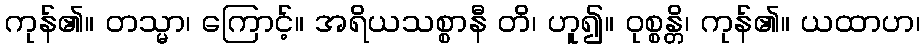
ကုန်၏။ တသ္မာ၊ ကြောင့်။ အရိယသစ္စာနီ တိ၊ ဟူ၍။ ဝုစ္စန္တိ၊ ကုန်၏။ ယထာဟ၊